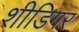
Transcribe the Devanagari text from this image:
शीडिगर